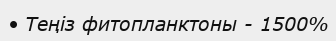
• Теңіз фитопланктоны - 1500%